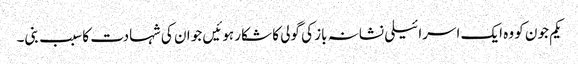
یکم جون کو وہ ایک اسرائیلی نشانہ باز کی گولی کا شکار ہوئیں جو ان کی شہادت کا سبب بنی۔